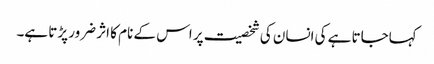
کہاجاتا ہے کی انسان کی شخصیت پر اس کے نام کا اثر ضرور پڑتا ہے۔